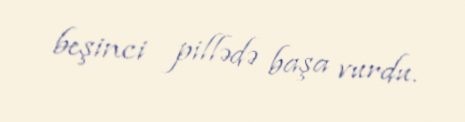
beşinci pillədə başa vurdu.